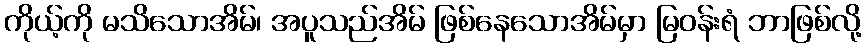
ကိုယ့်ကို မသိသောအိမ်၊ အပူသည်အိမ် ဖြစ်နေသောအိမ်မှာ မြဝန်းရံ ဘာဖြစ်လို့